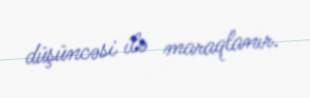
düşüncəsi ilə maraqlanır.